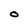
Character: O